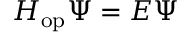
H _ { \mathrm { o p } } \Psi = E \Psi